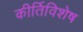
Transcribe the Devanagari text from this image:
कीर्तिविशेष